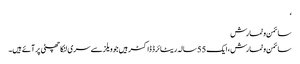
‘
سائمن وٹمارش
سائمن وٹمارش، ایک 55 سالہ ریٹائرڈ ڈاکٹر ہیں جو ویلز سے سری لنکا چھٹی پر آئے ہیں۔